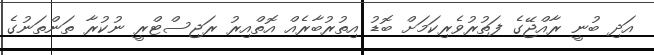
އަދި ބުނީ ރާއްޖޭގެ ފަތުރުވެރިކަމަށް ބޮޑު އިތުރުބާރެއް އޮތްއިރު ރަޖިސްޓްރީ ނުކުރާ ތަންތަނުގެ